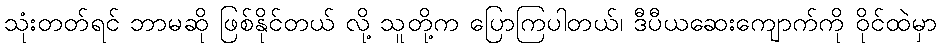
သုံးတတ်ရင် ဘာမဆို ဖြစ်နိုင်တယ် လို့ သူတို့က ပြောကြပါတယ်၊ ဒီပီယဆေးကျောက်ကို ဝိုင်ထဲမှာ